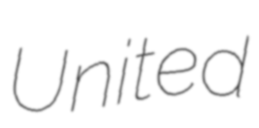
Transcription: United